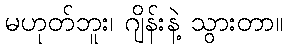
မဟုတ်ဘူး၊ ဂျိန်းနဲ့ သွားတာ။